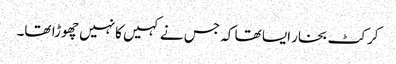
کرکٹ بخار ایسا تھا کہ جس نے کہیں کانہیں چھوڑا تھا۔